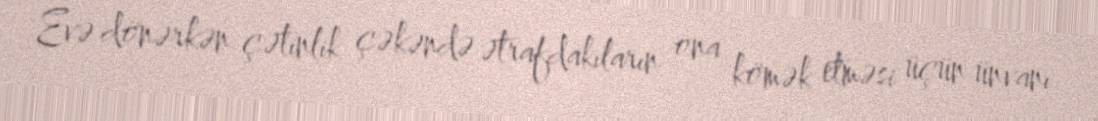
Evə dönərkən çətinlik çəkəndə ətrafdakıların ona kömək etməsi üçün ünvanı